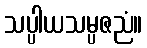
သပ္ပါယသမ္ပဇညံ။